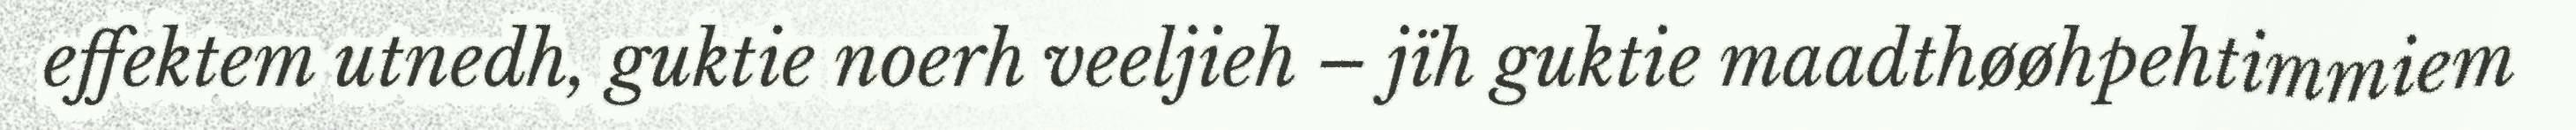
effektem utnedh, guktie noerh veeljieh – jïh guktie maadthøøhpehtimmiem